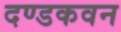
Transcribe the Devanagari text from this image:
दण्डकवन